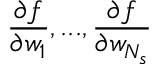
\frac { \partial f } { \partial w _ { 1 } } , . . . , \frac { \partial f } { \partial w _ { N _ { s } } }